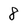
Character: 8